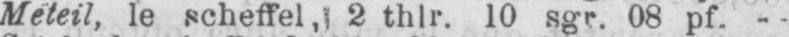
Meteil, le scheffel, 2 thlr. 10 sgr. 08 pf. -